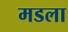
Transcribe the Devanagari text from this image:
मडला